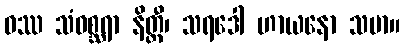
ဝဿ သံဝစ္ဆရာ နိတ္ထီ၊ သရဒေါ ဟာယနော သမာ။